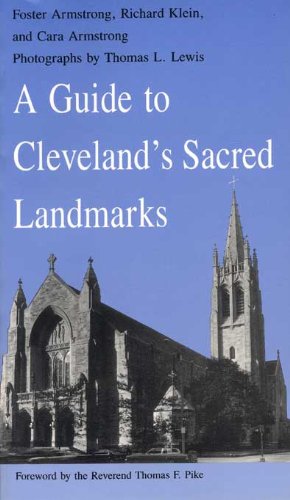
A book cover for A Guide to Cleveland's Sacred Landmarks; Foster Amstrong; Travel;